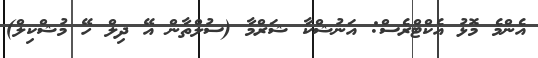
އެންމެ މޮޅު އެކްޓްރެސް: އަނުޝްކާ ޝަރްމާ (ސުލްތާން އޭ ދިލް ހޭ މުޝްކިލް)